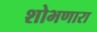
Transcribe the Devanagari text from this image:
शोभणारा